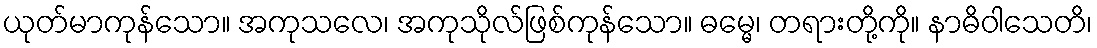
ယုတ်မာကုန်သော။ အကုသလေ၊ အကုသိုလ်ဖြစ်ကုန်သော။ ဓမ္မေ၊ တရားတို့ကို။ နာဓိဝါသေတိ၊